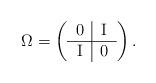
LaTeX: \begin{align*}\Omega = \left( \begin{tabular}{c|c} 0 & I \\ \hline I & 0 \\ \end{tabular} \right).\end{align*}